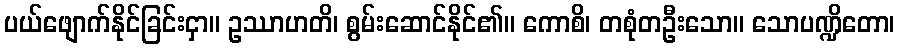
ပယ်ဖျောက်နိုင်ခြင်းငှာ။ ဥဿာဟတိ၊ စွမ်းဆောင်နိုင်၏။ ကောစိ၊ တစုံတဦးသော။ သောပဏ္ဍိတော၊